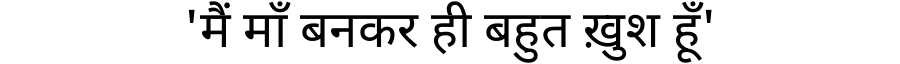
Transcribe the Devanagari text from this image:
'मैं माँ बनकर ही बहुत ख़ुश हूँ'